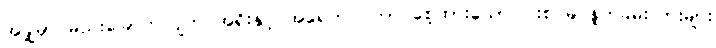
အချို့မှာ မည်းခြောက်လျက် အရိုးနှင့် အရေကပ် ကာ စေ့ထားသော ပါးစပ်မှ နှုတ်ခမ်းသားများ